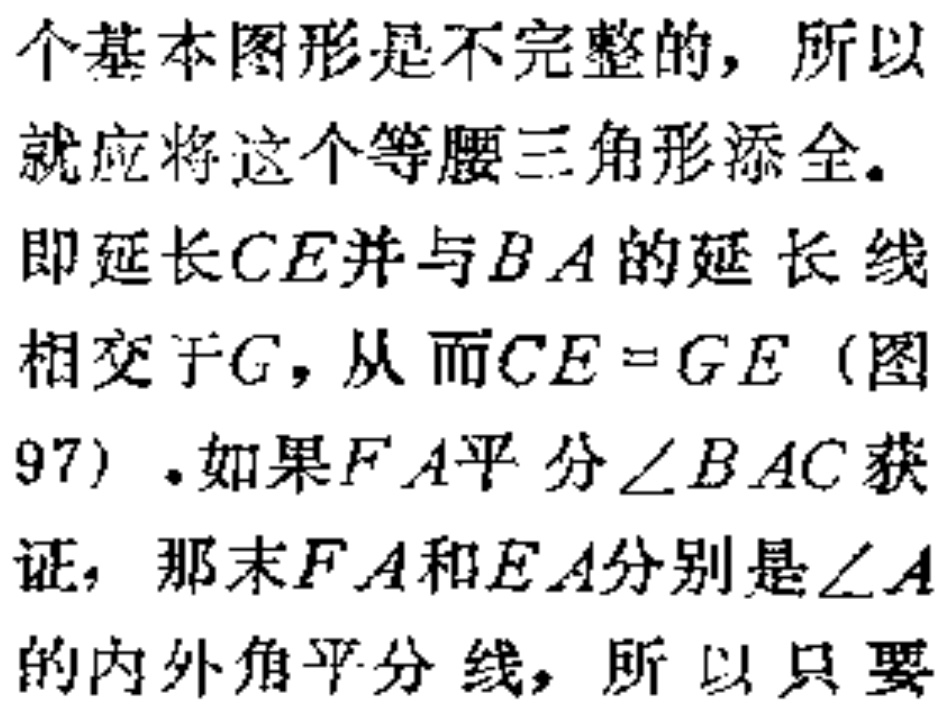
个基本图形是不完整的，所以

就应将这个等腰三角形添全.

即延长\(CE\)并与\(BA\)的延长线

相交于\(G\)，从而\(CE = GE\)（图

97）.如果\(FA\)平分\(\angle BAC\)获

证，那末\(FA\)和\(EA\)分别是\(\angle A\)

的内外角平分线，所以只要